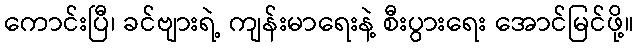
ကောင်းပြီ၊ ခင်ဗျားရဲ့ ကျန်းမာရေးနဲ့ စီးပွားရေး အောင်မြင်ဖို့။